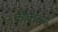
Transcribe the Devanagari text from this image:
क्रीकच्या